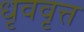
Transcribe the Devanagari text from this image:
धृववृत्त